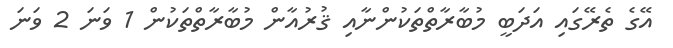
އޭގެ ތެރޭގައި އަދަބީ މުބާރާތްތަކުންނާއި ޤުރުއާން މުބާރާތްތަކުން 1 ވަނަ 2 ވަނަ